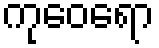
ကုဝေရော